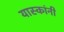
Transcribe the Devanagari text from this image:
यास्कांनी